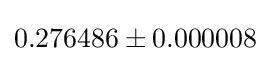
0.276486\pm 0.000008